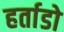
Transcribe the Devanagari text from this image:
हर्ताडो